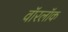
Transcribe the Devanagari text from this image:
वॉरलॉक